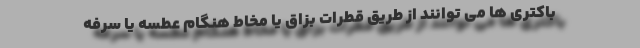
باکتری ها می توانند از طریق قطرات بزاق یا مخاط هنگام عطسه یا سرفه